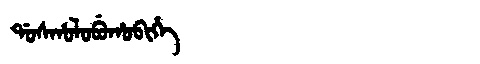
Manchu: ᡩᠣᠰᡥᠣᠯᠣᠪᡠᡥᠣᠪᡳᡥᡝ
Romanization: DOSHOLOBUHOBIHE